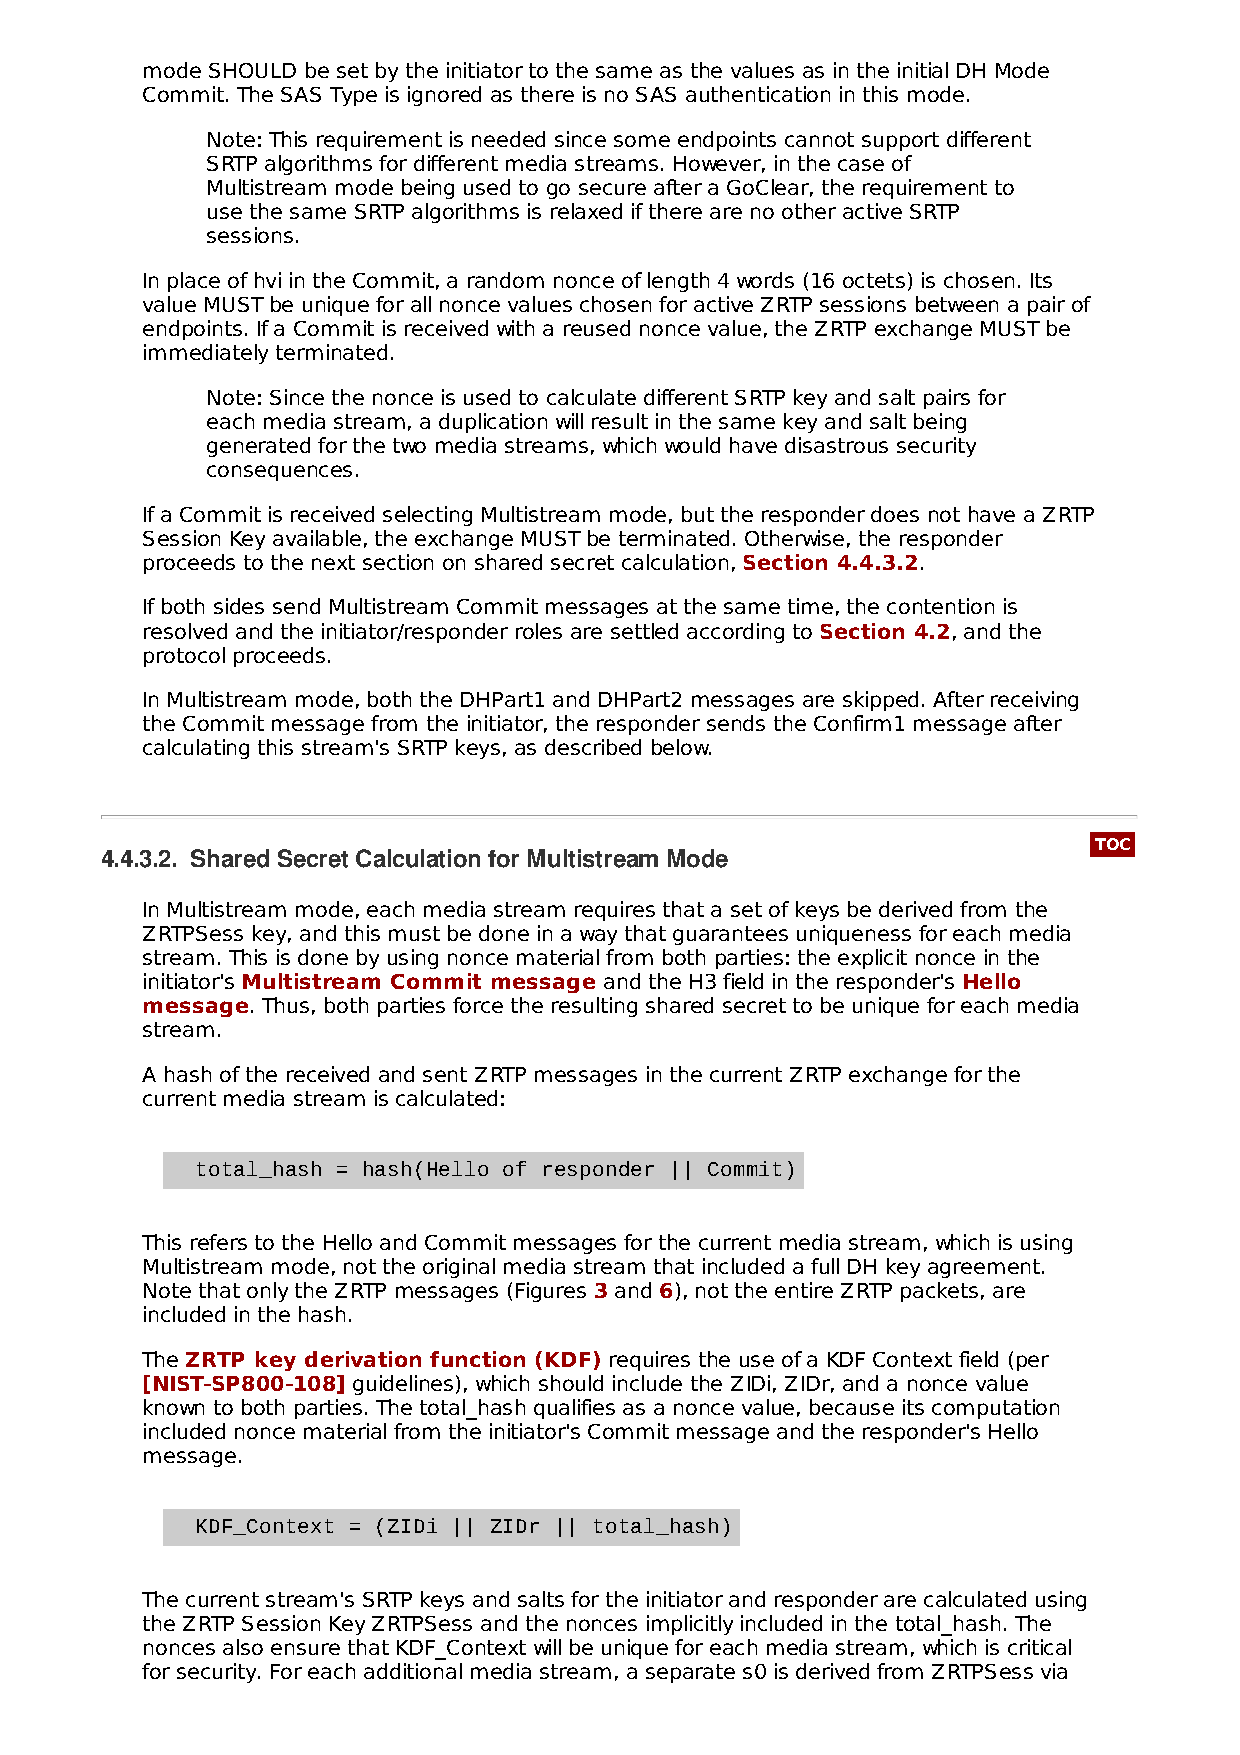
mode SHOULD be set by the initiator to the same as the values as in the initial DH Mode
 Commit. The SAS Type is ignored as there is no SAS authentication in this mode.
 Note: This requirement is needed since some endpoints cannot support different
 SRTP algorithms for different media streams. However, in the case of
 Multistream mode being used to go secure after a GoClear, the requirement to
 use the same SRTP algorithms is relaxed if there are no other active SRTP
 sessions.
 In place of hvi in the Commit, a random nonce of length 4 words (16 octets) is chosen. Its
 value MUST be unique for all nonce values chosen for active ZRTP sessions between a pair of
 endpoints. If a Commit is received with a reused nonce value, the ZRTP exchange MUST be
 immediately terminated.
 Note: Since the nonce is used to calculate different SRTP key and salt pairs for
 each media stream, a duplication will result in the same key and salt being
 generated for the two media streams, which would have disastrous security
 consequences.
 If a Commit is received selecting Multistream mode, but the responder does not have a ZRTP
 Session Key available, the exchange MUST be terminated. Otherwise, the responder
 proceeds to the next section on shared secret calculation, Section 4.4.3.2.
 If both sides send Multistream Commit messages at the same time, the contention is
 resolved and the initiator/responder roles are settled according to Section 4.2, and the
 protocol proceeds.
 In Multistream mode, both the DHPart1 and DHPart2 messages are skipped. After receiving
 the Commit message from the initiator, the responder sends the Confirm1 message after
 calculating this stream's SRTP keys, as described below.
 TOC
 4.4.3.2. Shared Secret Calculation for Multistream Mode
 In Multistream mode, each media stream requires that a set of keys be derived from the
 ZRTPSess key, and this must be done in a way that guarantees uniqueness for each media
 stream. This is done by using nonce material from both parties: the explicit nonce in the
 initiator's Multistream Commit message and the H3 field in the responder's Hello
 message. Thus, both parties force the resulting shared secret to be unique for each media
 stream.
 A hash of the received and sent ZRTP messages in the current ZRTP exchange for the
 current media stream is calculated:
 total_hash = hash(Hello of responder || Commit)
 This refers to the Hello and Commit messages for the current media stream, which is using
 Multistream mode, not the original media stream that included a full DH key agreement.
 Note that only the ZRTP messages (Figures 3 and 6), not the entire ZRTP packets, are
 included in the hash.
 The ZRTP key derivation function (KDF) requires the use of a KDF Context field (per
 [NIST‑SP800‑108] guidelines), which should include the ZIDi, ZIDr, and a nonce value
 known to both parties. The total_hash qualifies as a nonce value, because its computation
 included nonce material from the initiator's Commit message and the responder's Hello
 message.
 KDF_Context = (ZIDi || ZIDr || total_hash)
 The current stream's SRTP keys and salts for the initiator and responder are calculated using
 the ZRTP Session Key ZRTPSess and the nonces implicitly included in the total_hash. The
 nonces also ensure that KDF_Context will be unique for each media stream, which is critical
 for security. For each additional media stream, a separate s0 is derived from ZRTPSess via